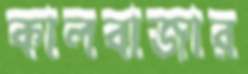
কালবাজার